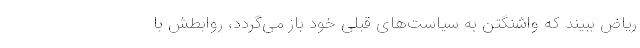
ریاض ببیند که واشنگتن به سیاست‌های قبلی خود باز می‌گردد، روابطش با